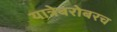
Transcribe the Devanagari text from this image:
यात्रेबरोबरच